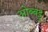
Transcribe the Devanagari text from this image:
ओब्बट्टू